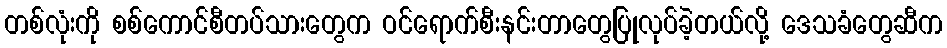
တစ်လုံးကို စစ်ကောင်စီတပ်သားတွေက ဝင်ရောက်စီးနင်းတာတွေပြုလုပ်ခဲ့တယ်လို့ ဒေသခံတွေဆီက